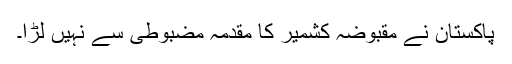
پاکستان نے مقبوضہ کشمیر کا مقدمہ مضبوطی سے نہیں لڑا۔